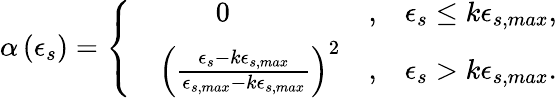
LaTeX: \alpha\left(\epsilon_{s}\right)=\left\{ \begin{array}{rlrl}&{~~~~~~~~0}&{,}&{\epsilon_{s}\le k\epsilon_{s,max},}\\ &{\left(\frac{\epsilon_{s}-k\epsilon_{s,max}}{\epsilon_{s,max}-k\epsilon_{s,max}}\right)^{2}}&{,}&{\epsilon_{s}>k\epsilon_{s,max}.}\end{array}\right.